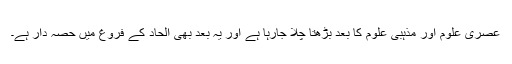
عصری علوم اور مذہبی علوم کا بُعد بڑھتا چلا جارہا ہے اور یہ بُعد بھی الحاد کے فروغ میں حصہ دار ہے۔